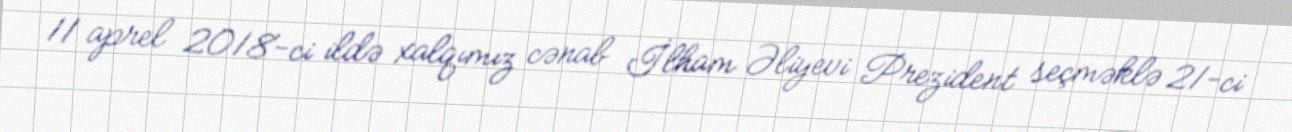
11 aprel 2018-ci ildə xalqımız cənab İlham Əliyevi Prezident seçməklə 21-ci